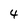
Character: 4